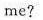
me?